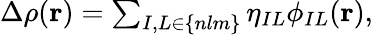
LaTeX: \begin{array}{r}{\Delta\rho({\mathbf r})=\sum_{I,L\in\{ nlm\} }\eta_{IL}\phi_{IL}({\mathbf r}),}\end{array}